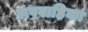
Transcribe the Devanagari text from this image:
रूपवाहिका